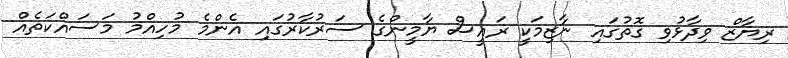
ރިޔާޒް ވިދާޅުވި ގޮތުގައި ނާޒިމަކީ ރައީސް ޔާމީންގެ ސަރުކާރުގައި އެންމެ މުހިއްމު މަސައްކަތެއް